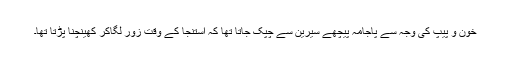
خون و پیپ کی وجہ سے پاجامہ پیچھے سیرین سے چپک جاتا تھا کہ استنجا کے وقت زور لگاکر کھینچنا پڑتا تھا۔